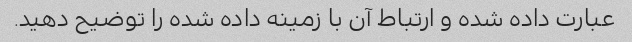
عبارت داده شده و ارتباط آن با زمینه داده شده را توضیح دهید.